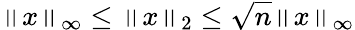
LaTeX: \left\| x\right\| _{\infty}\leq\left\| x\right\| _{2}\leq{\sqrt{n}}\left\| x\right\| _{\infty}